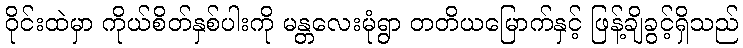
ဝိုင်းထဲမှာ ကိုယ်စိတ်နှစ်ပါးကို မန္တလေးမုံရွာ တတိယမြောက်နှင့် ဖြန့်ချိခွင့်ရှိသည်